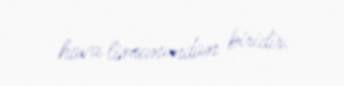
hava limanından biridir.